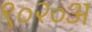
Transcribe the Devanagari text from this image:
९०२०अ